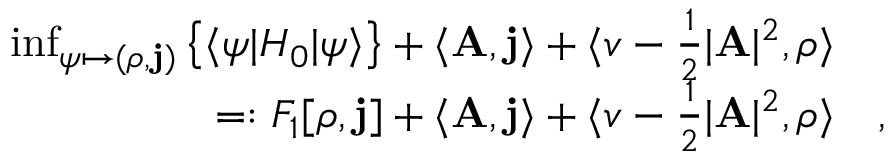
\begin{array} { r l } { \operatorname* { i n f } _ { \psi \mapsto ( \rho , \mathbf { j } ) } \left\{ \langle \psi | H _ { 0 } | \psi \rangle \right\} + \langle \mathbf { A } , \mathbf { j } \rangle + \langle v - \frac 1 2 \vert \mathbf { A } \vert ^ { 2 } , \rho \rangle } & { { } } \\ { = : F _ { 1 } [ \rho , \mathbf { j } ] + \langle \mathbf { A } , \mathbf { j } \rangle + \langle v - \frac 1 2 \vert \mathbf { A } \vert ^ { 2 } , \rho \rangle } & { { } , } \end{array}